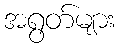
အရွတ်များ